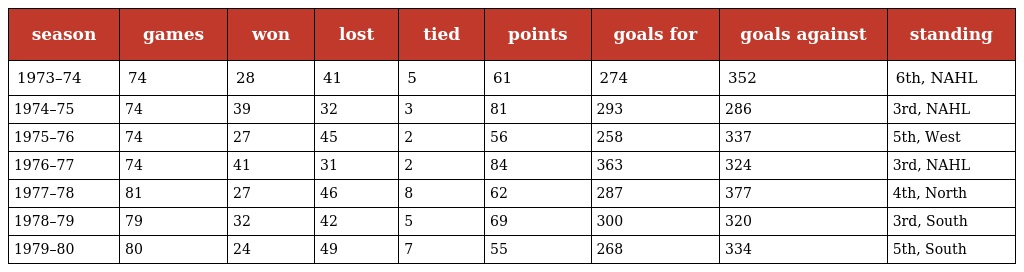
| season | games | won | lost | tied | points | goals for | goals against | standing |
 | --- | --- | --- | --- | --- | --- | --- | --- | --- |
 | 1973–74 | 74 | 28 | 41 | 5 | 61 | 274 | 352 | 6th, NAHL |
 | 1974–75 | 74 | 39 | 32 | 3 | 81 | 293 | 286 | 3rd, NAHL |
 | 1975–76 | 74 | 27 | 45 | 2 | 56 | 258 | 337 | 5th, West |
 | 1976–77 | 74 | 41 | 31 | 2 | 84 | 363 | 324 | 3rd, NAHL |
 | 1977–78 | 81 | 27 | 46 | 8 | 62 | 287 | 377 | 4th, North |
 | 1978–79 | 79 | 32 | 42 | 5 | 69 | 300 | 320 | 3rd, South |
 | 1979–80 | 80 | 24 | 49 | 7 | 55 | 268 | 334 | 5th, South |